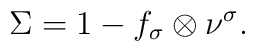
\Sigma = 1 - f_\sigma \otimes \nu^\sigma.